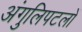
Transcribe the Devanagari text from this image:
अंगुलिपटलों